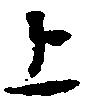
上